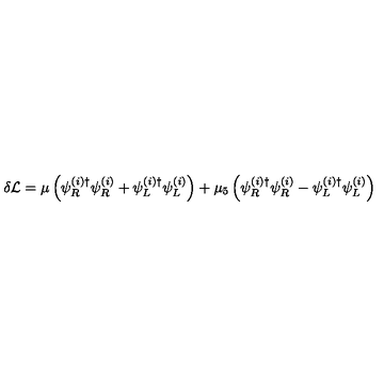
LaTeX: \delta { \cal L } = \mu \left( \psi _ { R } ^ { ( i ) \dagger } \psi _ { R } ^ { ( i ) } + \psi _ { L } ^ { ( i ) \dagger } \psi _ { L } ^ { ( i ) } \right) + \mu _ { 5 } \left( \psi _ { R } ^ { ( i ) \dagger } \psi _ { R } ^ { ( i ) } - \psi _ { L } ^ { ( i ) \dagger } \psi _ { L } ^ { ( i ) } \right)